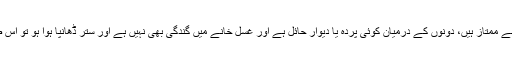
البتہ اگر غسل خانہ اور بیت الخؒلا دونوں ایک دوسرے سے ممتاز ہیں، دونوں کے درمیان کوئی پردہ یا دیوار حائل ہے اور غسل خانے میں گندگی بھی نہیں ہے اور ستر ڈھانپا ہوا ہو تو اس صورت میں وضو کی دعائیں زبان سے پڑھ سکتے ہیں۔